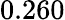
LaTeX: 0.260